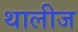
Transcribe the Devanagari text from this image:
थालीज